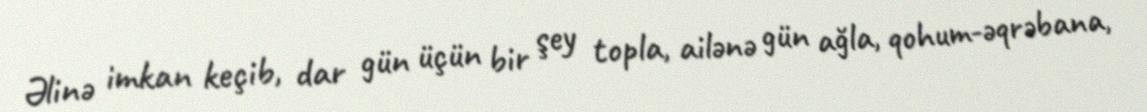
Əlinə imkan keçib, dar gün üçün bir şey topla, ailənə gün ağla, qohum-əqrəbana,